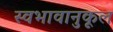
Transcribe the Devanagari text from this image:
स्वभावानुकूल